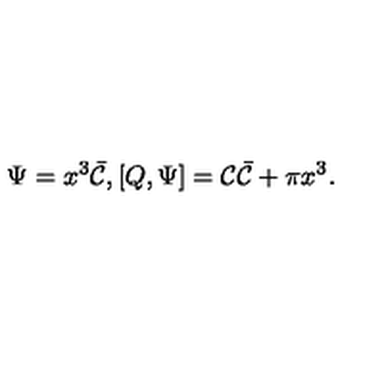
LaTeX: \Psi = x ^ { 3 } \bar { \cal C } , [ Q , \Psi ] = { \cal C } \bar { \cal C } + \pi x ^ { 3 } .